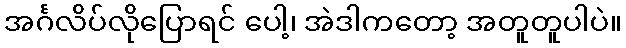
အင်္ဂလိပ်လိုပြောရင် ပေါ့၊ အဲဒါကတော့ အတူတူပါပဲ။